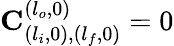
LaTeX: \mathbf{C}_{(l_{i},0),(l_{f},0)}^{(l_{o},0)}=0